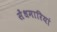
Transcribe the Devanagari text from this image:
सेंधमारियां